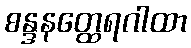
စန္ဒနတ္ထေရဂါထာ